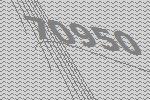
70950